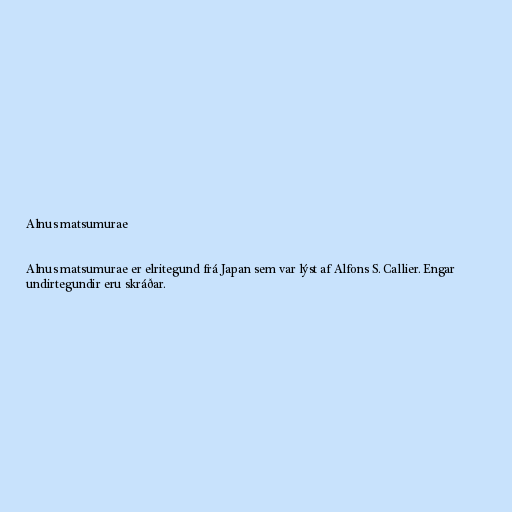
Alnus matsumurae

Alnus matsumurae er elritegund frá Japan sem var lýst af Alfons S. Callier. Engar
undirtegundir eru skráðar.